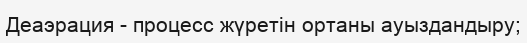
Деаэрация - процесс жүретін ортаны ауыздандыру;